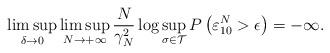
LaTeX: \begin{align*}\limsup_{\delta\rightarrow 0}\limsup_{N\rightarrow+\infty}\frac{N}{\gamma_N^2}\log\sup_{\sigma\in \mathcal{T}}P\left(\varepsilon_{10}^N>\epsilon\right)=-\infty.\end{align*}